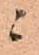
ニ